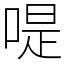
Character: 㖷